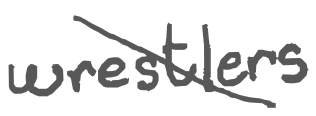
Text: wrestlers
Cross-out: diagonal
Writing tool: digital_gray